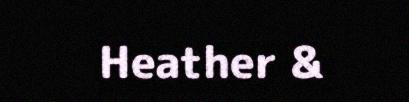
Heather &